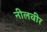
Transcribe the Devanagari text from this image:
नीलवीर